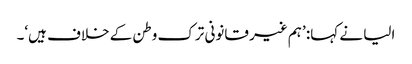
الیا نے کہا: ’ہم غیر قانونی ترک وطن کے خلاف ہیں‘۔